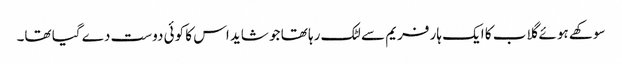
سوکھے ہوئے گلاب کا ایک ہار فریم سے لٹک رہا تھا جو شاید اس کا کوئی دوست دے گیا تھا۔